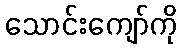
သောင်းကျော်ကို